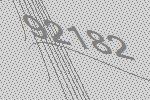
92182